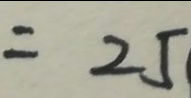
= 2 5